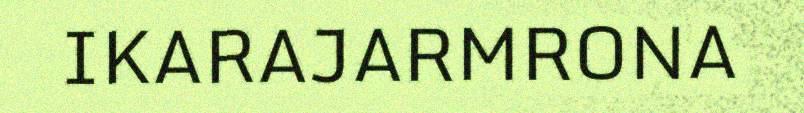
IKARAJARMRONA